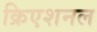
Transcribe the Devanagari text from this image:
क्रिएशनल